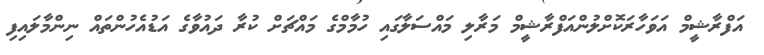
އަފްރާޝީމް އަވަހާރަކޮށްލުންއަފްރާޝީމް މަރާލި މައްސަލާގައި ހުމާމްގެ މައްޗަށް ކުރާ ދައުވާގެ އަޑުއެހުންތައް ނިންމާލައިފި